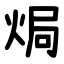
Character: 焗